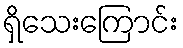
ရှိသေးကြောင်း